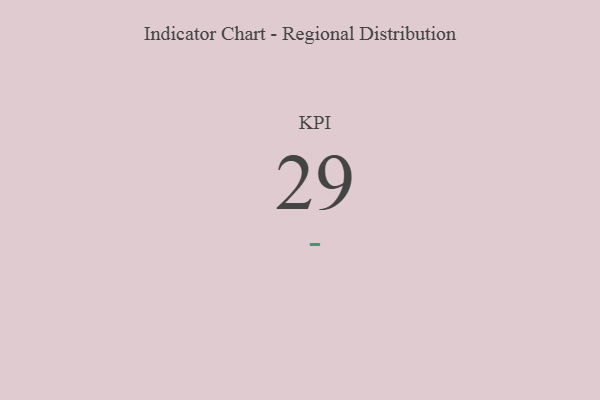
{"axis": {"x": "KPI", "y": "Value"}, "legend": [""], "data": [{"x": "KPI", "y": 29, "type": ""}]}